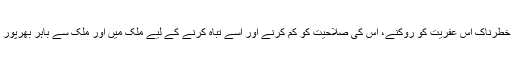
یہ واقعہ دنیا کی آزادی اور سلامتی کے لیے خطرناک اس عفریت کو روکنے، اس کی صلاحیت کو کم کرنے اور اسے تباہ کرنے کے لیے ملک میں اور ملک سے باہر بھرپور کارروائیوں کی ضرورت کو ظاہر کرتا ہے۔